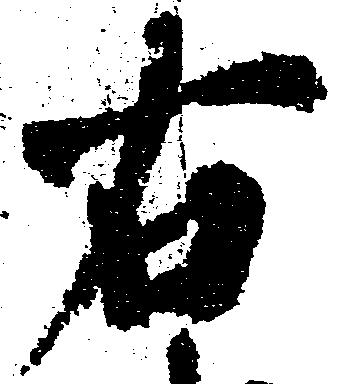
右